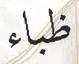
ظباء